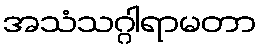
အသံသဂ္ဂါရာမတာ